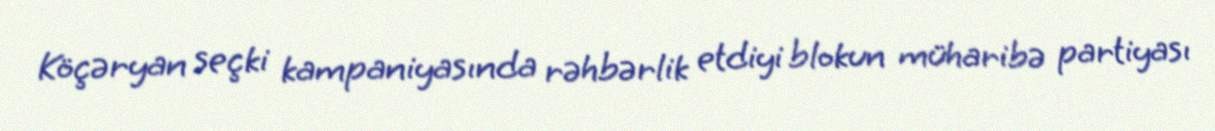
Köçəryan seçki kampaniyasında rəhbərlik etdiyi blokun müharibə partiyası